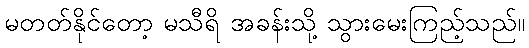
မတတ်နိုင်တော့ မသီရိ အခန်းသို့ သွားမေးကြည့်သည်။